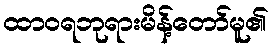
ထာဝရဘုရားမိန့်တော်မူ၏